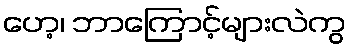
ဟေ့၊ ဘာကြောင့်များလဲကွ